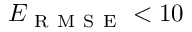
E _ { \mathrm { ~ R ~ M ~ S ~ E ~ } } < 1 0 \